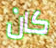
كان